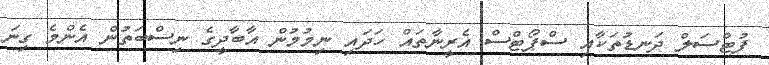
ފުޓްސަލް ދަނޑުތަކާއި ސްޕޯޓްސް އެރީނާތައް ހަދައި ނިމުމުން އާބާދީގެ ނިސްބަތުން އެންމެ ގިނަ